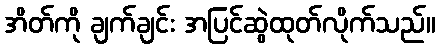
အိတ်ကို ချက်ချင်း အပြင်ဆွဲထုတ်လိုက်သည်။